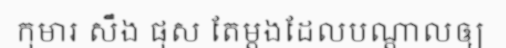
កុមារ សឹង ផុស តែម្តងដែលបណ្តាលឲ្យ